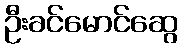
ဦးခင်မောင်ဆွေ